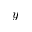
y